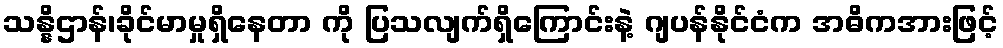
သန္နိဌာန်၊ခိုင်မာမှုရှိနေတာ ကို ပြသလျက်ရှိကြောင်းနဲ့ ဂျပန်နိုင်ငံက အဓိကအားဖြင့်